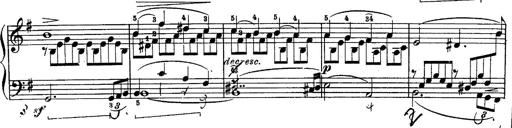
Title: Schubert's Impromptus [revised and edited by Franz Liszt]
Composer: Franz Liszt